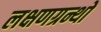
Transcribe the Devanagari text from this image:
लक्षणग्रन्थों